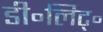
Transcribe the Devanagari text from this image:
डी॰लिट्॰